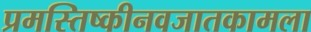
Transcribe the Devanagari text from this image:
प्रमस्तिष्कीनवजातकामला